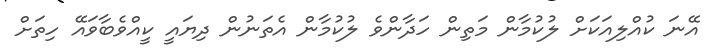
އޭނަ ކުއްލިއަކަށް ލުކުމާން މަތިން ހަދާންވެ ލުކުމާން އެތަނުން ދިޔައީ ކީއްވެބާވައޭ ހިތަށް